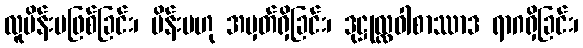
လူမိန်းမဖြစ်ခြင်း၊ မိန်းမဟု အမှတ်ရှိခြင်း၊ ဒုဋ္ဌုလ္လဝါစာဿာဒ ရာဂရှိခြင်း၊